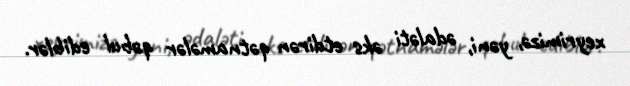
xeyrimizə, yəni, ədaləti əks etdirən qətnamələr qəbul ediblər.